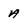
Character: a